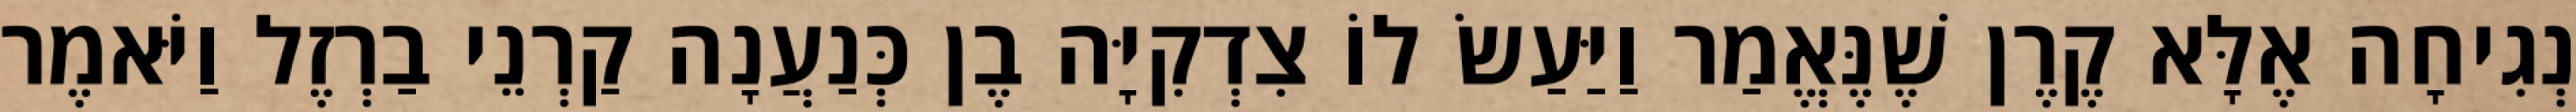
נְגִיחָה אֶלָּא קֶרֶן שֶׁנֶּאֱמַר וַיַּעַשׂ לוֹ צִדְקִיָּה בֶן כְּנַעֲנָה קַרְנֵי בַרְזֶל וַיֹּאמֶר